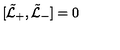
[ \tilde { \cal L } _ { + } , \tilde { \cal L } _ { - } ] = 0